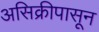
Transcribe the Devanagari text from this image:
असिक्रीपासून